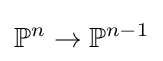
\mathbb {P} ^{n}\to \mathbb {P} ^{n-1}